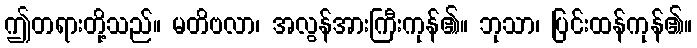
ဤတရားတို့သည်။ မတိဗလာ၊ အလွန်အားကြီးကုန်၏။ ဘုသာ၊ ပြင်းထန်ကုန်၏။